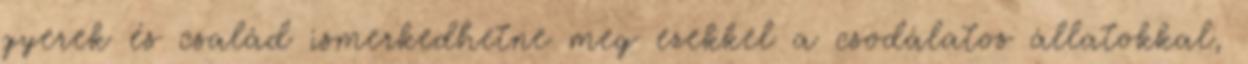
gyerek és család ismerkedhetne meg ezekkel a csodálatos állatokkal,